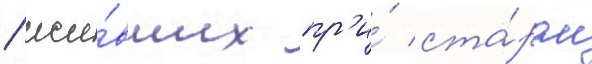
/ жи́вших пр'и́ ста́ром